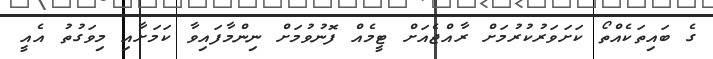
ގެ ބައިތަކެއްތޯ ކަށަވަރުކުރުމަށް ރާއްޖެއަށް ޓީމެއް ފޮނުވުމަށް ނިންމާފައިވާ ކަމަށާއި މިވަގުތު އެއީ